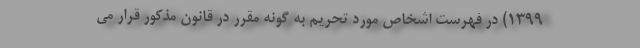
1399) در فهرست اشخاص مورد تحریم به گونه مقرر در قانون مذکور قرار می